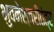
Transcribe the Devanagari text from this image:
भुवनेश्वरीतंत्र